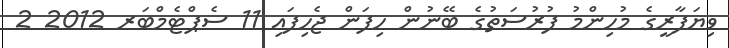
ވިޔަފާރީގެ މުހިންމު ފުރުސަތުގެ ބޭނުން ހިފަން ޖެހިފައި 11 ސެޕްޓެމްބަރ 2012 2